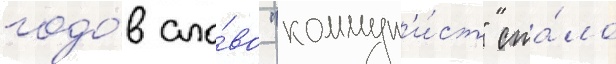
годо́в сло́во "коммун'и́ст" ста́ло